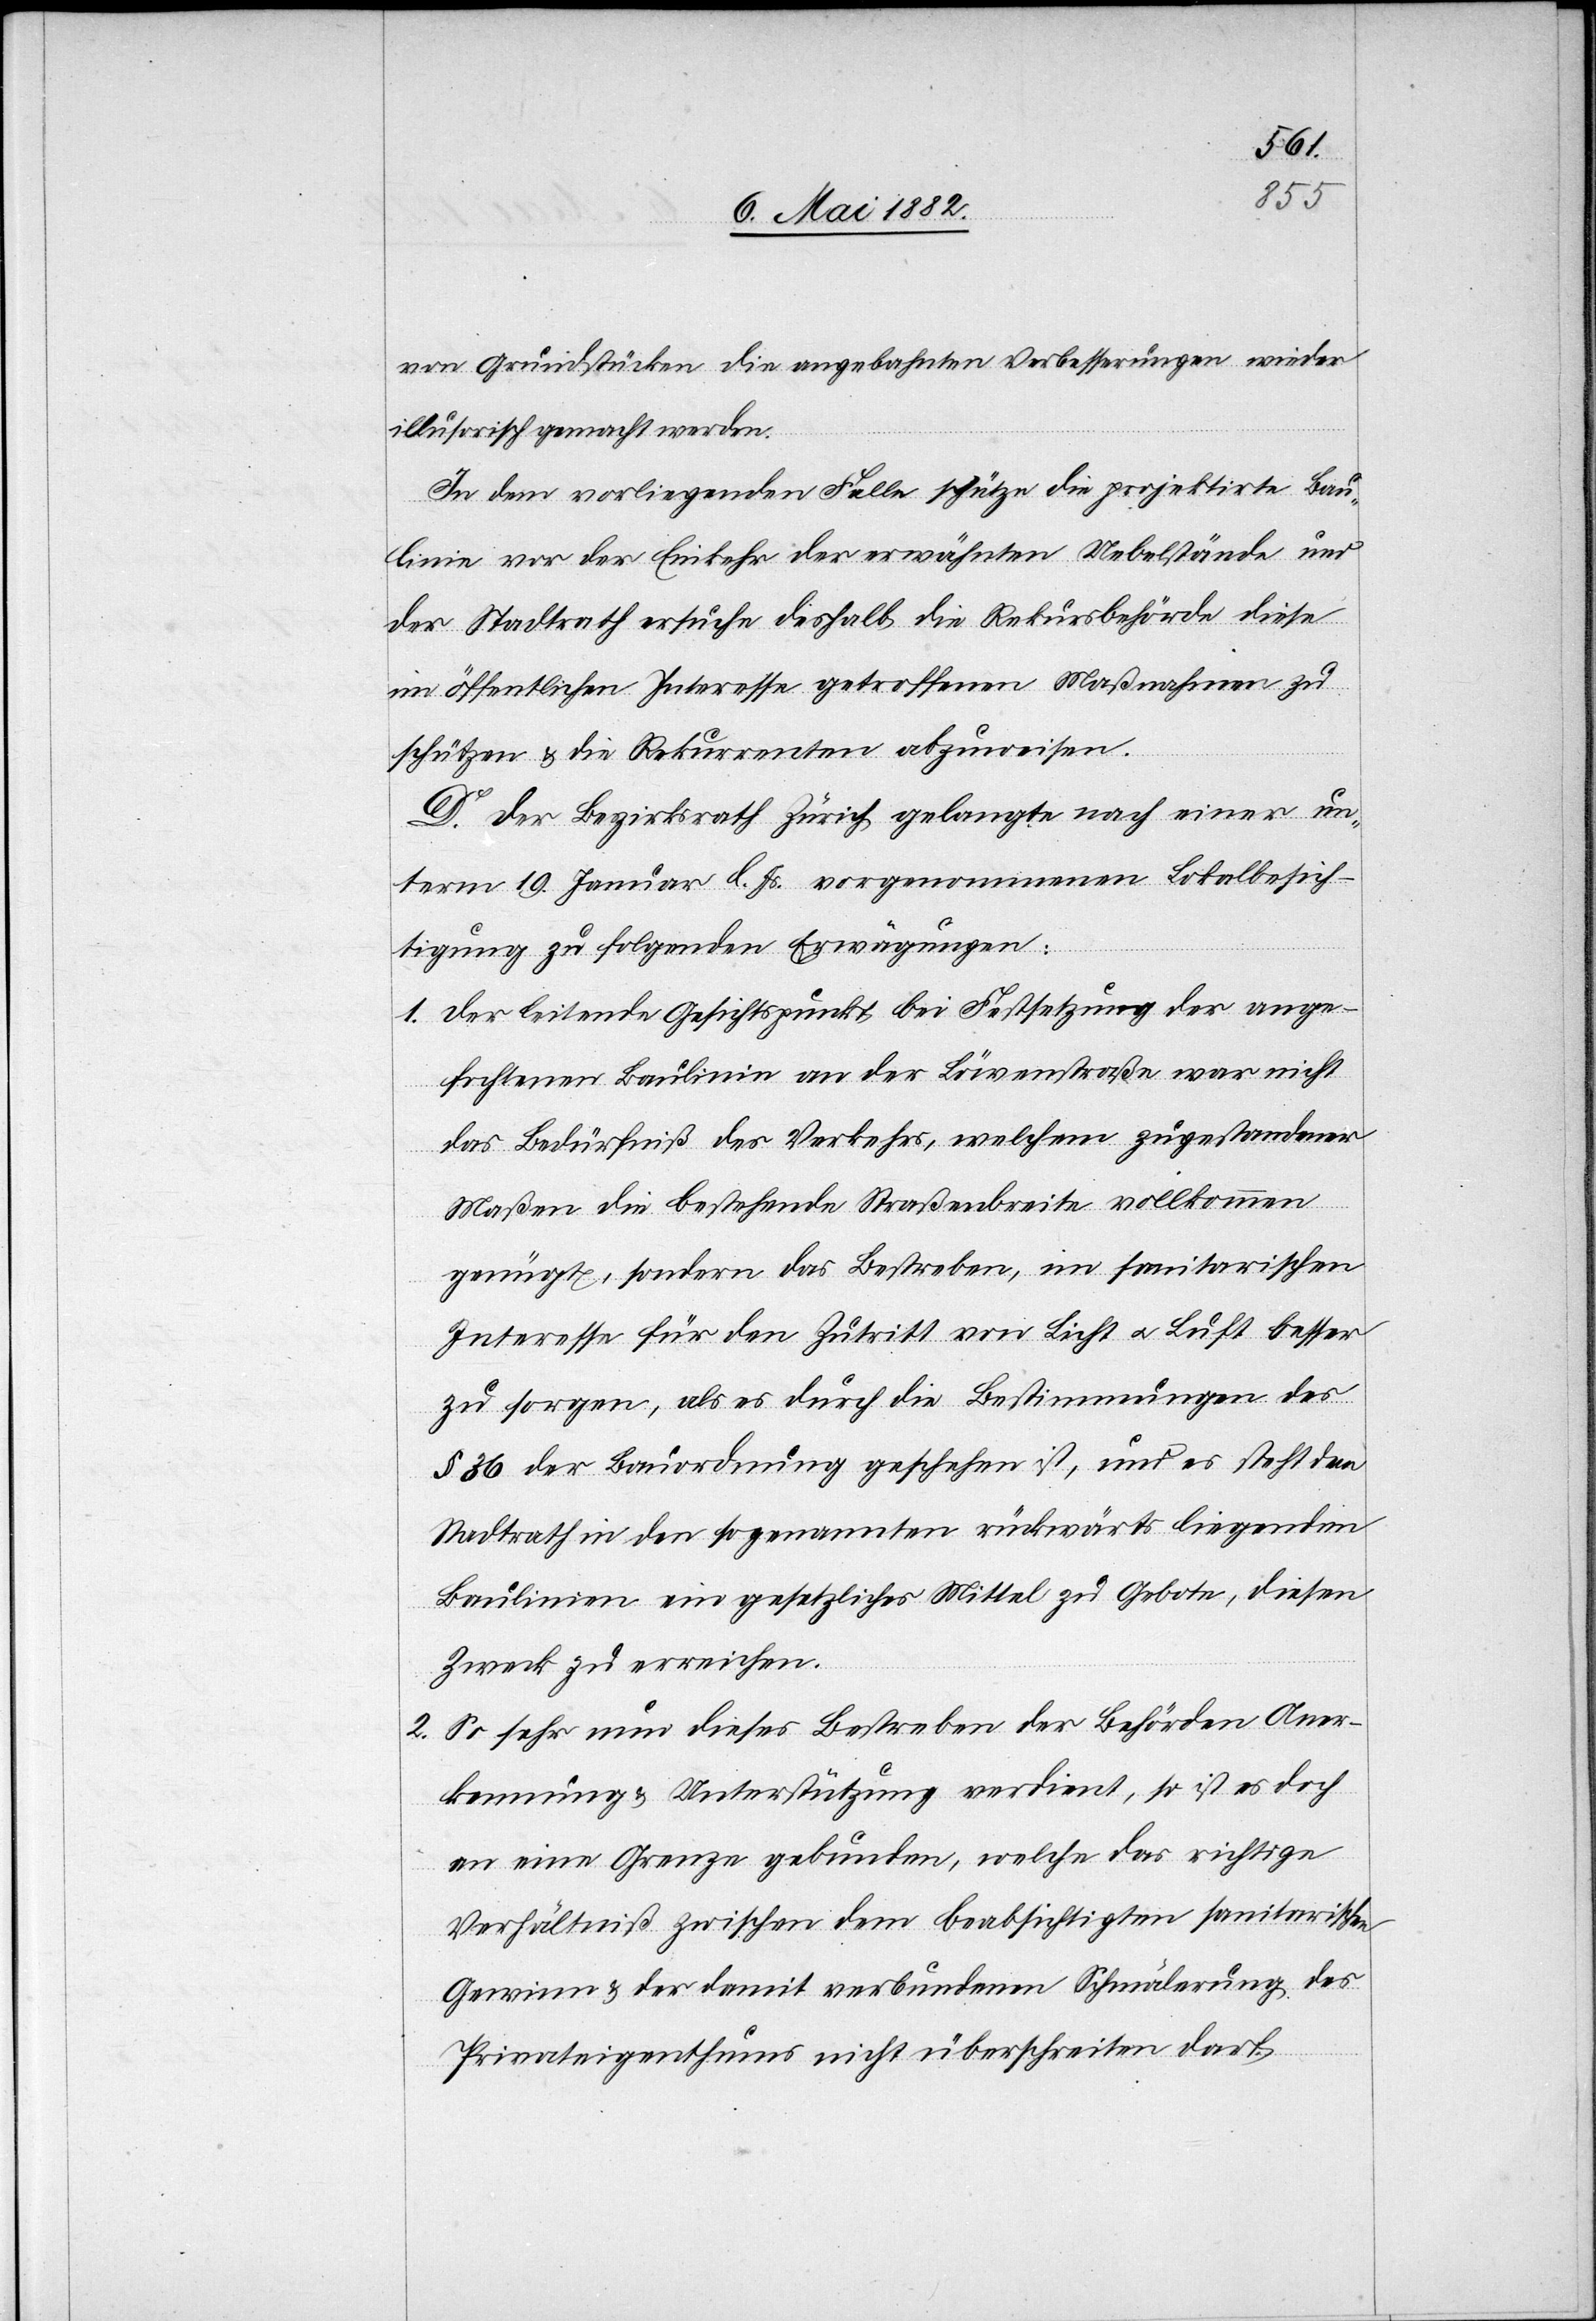
von Grundstücken die angebrachten Verbesserungen wieder
illusorisch gemacht werden.
In dem vorliegenden Falle schütze die projektirte Bau¬
linie vor der Einkehr der erwähnten Uebelstände und
der Stadtrath ersuche deshalb die Rekursbehörden diese
im öffentlichen Interesse getroffenen Maßnahmen zu
schützen & die Rekurrenten abzuweisen.
D. Der Bezirksrath Zürich gelangte nach einer un¬
term 19. Januar l. Js. vorgenommenen Lokalbesich¬
tigung zu folgenden Erwägungen:
1. Der leitende Gesichtspunkt bei Festsetzung der ange¬
fochtenen Baulinie an der Löwenstraße war nicht
das Bedürfniß des Verkehrs, welchem zugestandener
Maßen die bestehende Straßenbreite vollkommen
genügt, sondern das Bestreben, im sanitarischen
Interesse für den Zutritt von Licht u. Luft besser
zu sorgen, als es durch die Bestimmungen des
§ 36 der Bauordnung geschehen ist, und es steht dem
Stadtrath in den sogenannten rückwärts liegenden
Baulinien ein gesetzliches Mittel zu Gebote, diesen
Zweck zu erreichen.
2. So sehr nun dieses Bestreben der Behörden Aner¬
kennung & Unterstützung verdient, so ist es doch
an eine Grenze gebunden, welche das richtige
Verhältniß zwischen dem beabsichtigten sanitarischen
Gewinne & der damit verbundenen Schmälerung des
Privateigenthums nicht überschreiten darf.